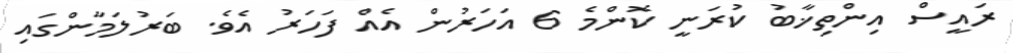
ރައީސް އިންތިޚާބު ކުރަނީ ކޮންމެ 6 އަހަރުން އެއް ފަހަރު އެވެ. ބަރުލަމާންގައި